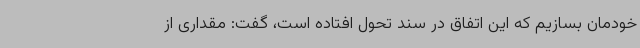
خودمان بسازیم که این اتفاق در سند تحول افتاده است، گفت: مقداری از